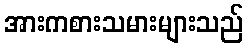
အားကစားသမားများသည်